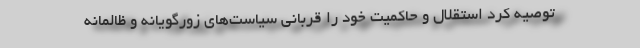
توصیه کرد استقلال و حاکمیت خود را قربانی سیاست‌های زورگویانه و ظالمانه